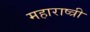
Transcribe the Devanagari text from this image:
महाराष्त्री